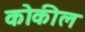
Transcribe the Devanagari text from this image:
कोकील